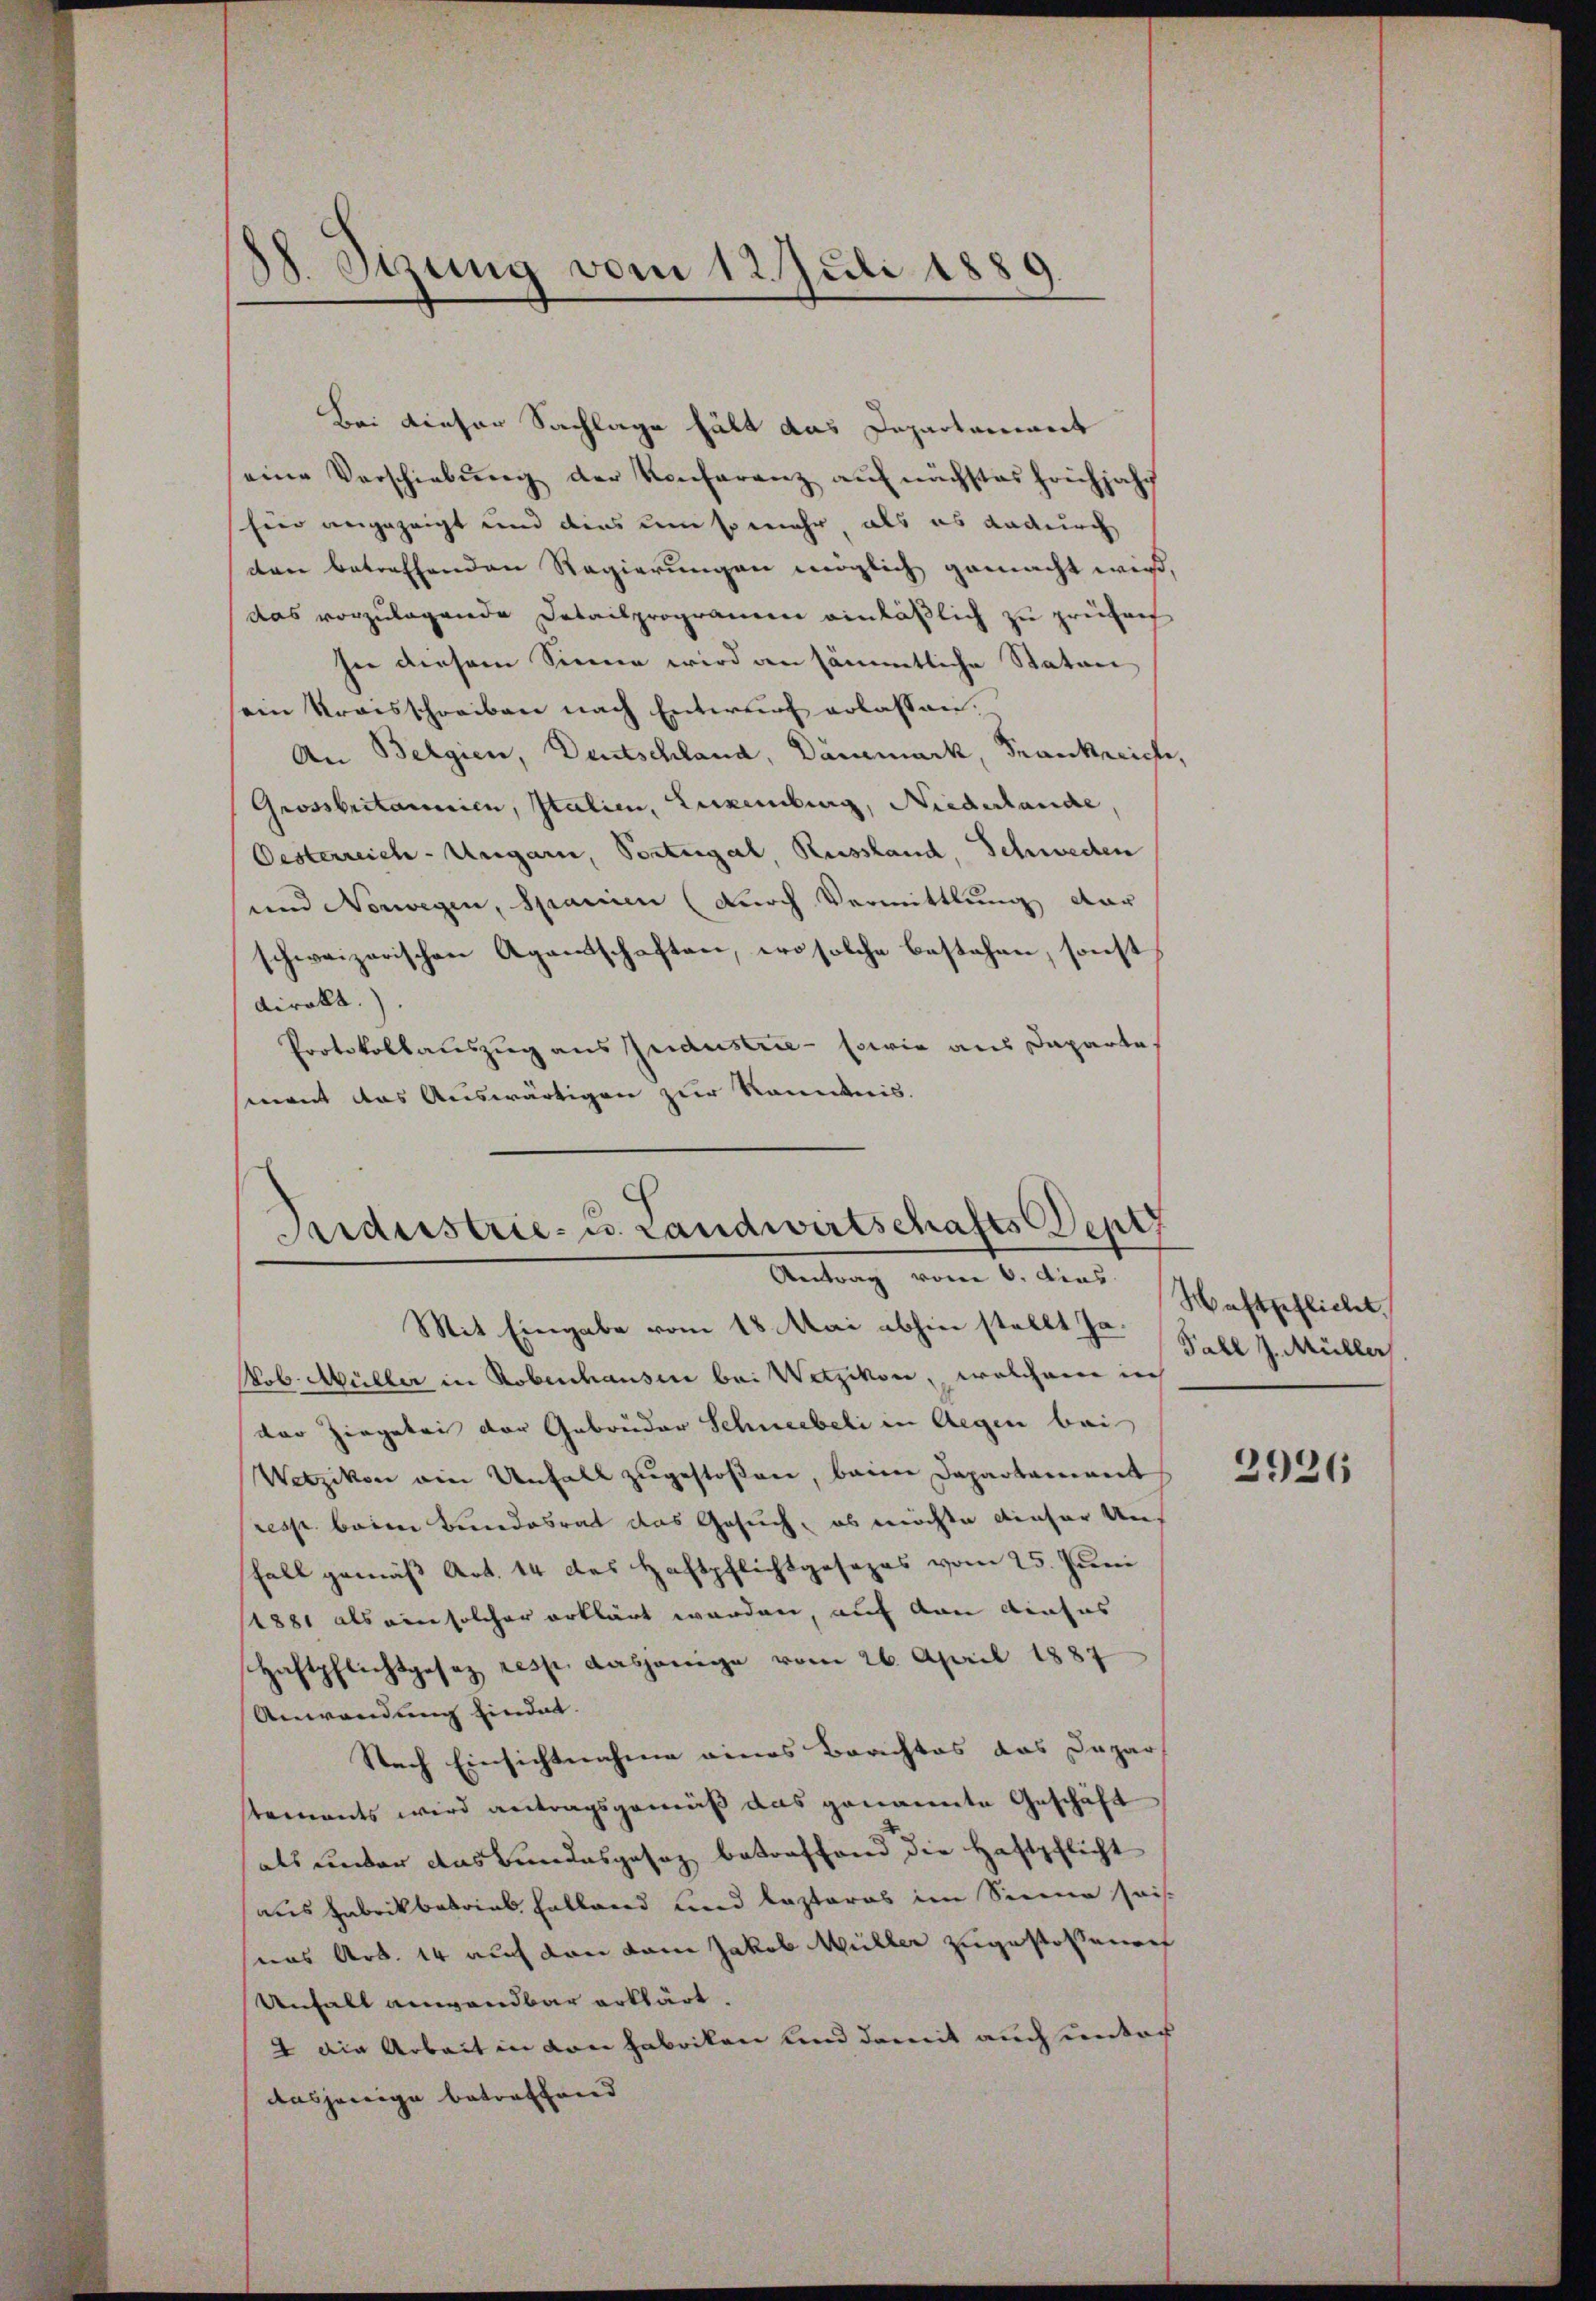
88. Sizung vom 12. Juli 1889.
|

Bei dieser Sachlage hält das Departariant
eine Verschiebŭng der Konferenz aŭf nächstes hochjahr
hier angezeigt und dies um so mehr, als es dadurch
den betreffenden Regierungen möglich gemacht wird,
das vorzulagende Detailprogramen einläßlich zu prühre
sie diesem Sinne wird an sämmtliche Statun
ein Kraisschreiben nach Entwurf erlassen.
An Belgien, Deutschland, Dammark, Frankreiche,
Grossbritannien, Italien, Luxenburg, Niederlande,
Oesterreich-Ungarn, Sorteigel, Russland, Schwechen
und Norwegen, Spanien (durch Vermittlung dar
schweizerischen Agamtschaften, wo solche bestehen, sonst
direkt.)
Protokollauszug aus Industrie - sowie aus Daparte
ment das Auswärtigen zur Kenntnis.

Aidustrie- u. Landwirtschafts Sept
Antrag vom 6. dies Schaftschlicht

Mit Eingabe vom 18. Mai abhin stellt Ja.
Nob. Müller in Robenhausen bei Wetzikon, welchem in
der Zingetri der Gebrüder Schneebeli in Aegen bei
Wetzikon ain Unfall zugestoßen, beim Departement
resse beim Bundesrat das Gesuch, es möchte dieser Un¬
Fall gemäß Art. 14 des Haftpflichtgesezes vom 25. Juni
1881 als ein solcher erklärt werden, auf von Ainsas
Haftpflichtgesez resp. dasjenige vom 26. April 1887
Anwendung findet.
Nach Einsichtnahme eines Berichtes das Dapar
stements wird antragsgemäß das genannte Geschäft
als unter das Bundesgesez betreffend die Haftpflicht
aus Fabrikbatrias Fallend und Lasteres im Siena sei
nas Art. 14 auch den kam Jakob Müller zugestossenen
Unfall anwendbar erklärt.
2 die Arbeit in von Gabriken und damit auch unter
dasjenige betreffend

Fall J. Müller

2926